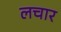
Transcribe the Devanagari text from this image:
लचार